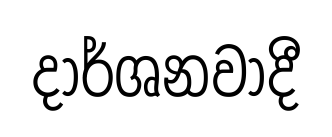
දාර්ශනවාදී